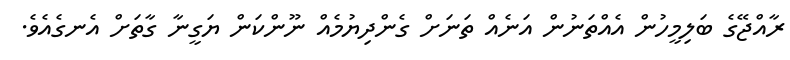
ރާއްޖޭގެ ބަލިމީހުން އެއްތަނުން އަނެއް ތަނަށް ގެންދިޔުމެއް ނޫންކަން ޔަގީނާ ގާތަށް އެނގެއެވެ.